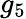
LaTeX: g_{5}